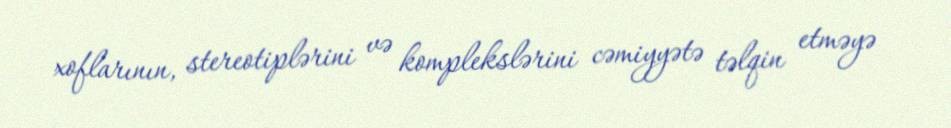
xoflarının, stereotiplərini və komplekslərini cəmiyyətə təlqin etməyə